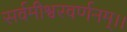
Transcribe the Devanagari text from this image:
सर्वमीश्वरवर्णनम्।।